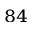
^ { 8 4 }